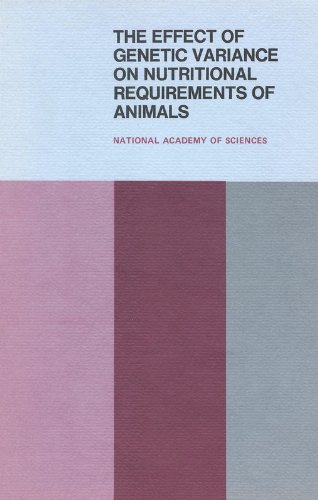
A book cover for The Effect of Genetic Variance on Nutritional Requirements of Animals:: Proceedings of a Symposium; National Research Council; Medical Books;